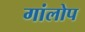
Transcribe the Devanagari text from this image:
गांलोप